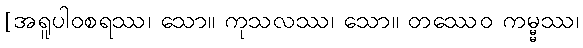
[အရူပါဝစရဿ၊ သော။ ကုသလဿ၊ သော။ တဿေဝ ကမ္မ္မဿ၊